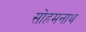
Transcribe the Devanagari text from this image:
सोहमनाथ